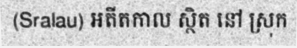
(Sralau) អតីតកាល ស្ថិត នៅ ស្រុក